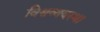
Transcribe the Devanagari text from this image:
विश्वव्यवस्था